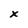
Character: x